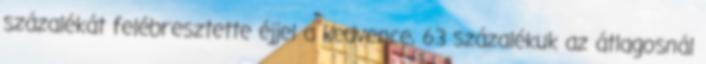
százalékát felébresztette éjjel a kedvence, 63 százalékuk az átlagosnál